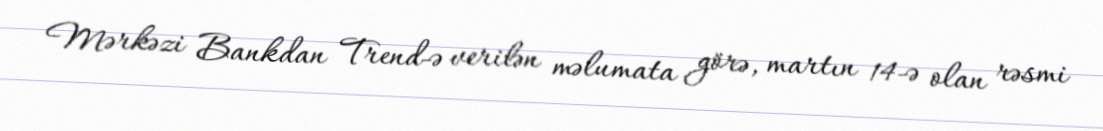
Mərkəzi Bankdan Trend-ə verilən məlumata görə, martın 14-ə olan rəsmi